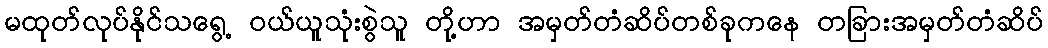
မထုတ်လုပ်နိုင်သရွေ့ ဝယ်ယူသုံးစွဲသူ တို့ဟာ အမှတ်တံဆိပ်တစ်ခုကနေ တခြားအမှတ်တံဆိပ်